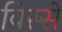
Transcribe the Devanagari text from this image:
विस्से